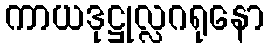
ကာယဒုဋ္ဌုလ္လဂရုနော